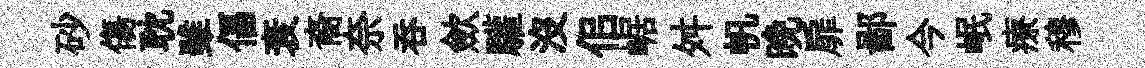
砂傷耽雖偪衰裔奈吞歛驩沒佀崌舛帆晩扉鄙今岷療穆